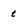
Character: t